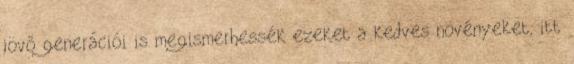
jövő generációi is megismerhessék ezeket a kedves növényeket, itt